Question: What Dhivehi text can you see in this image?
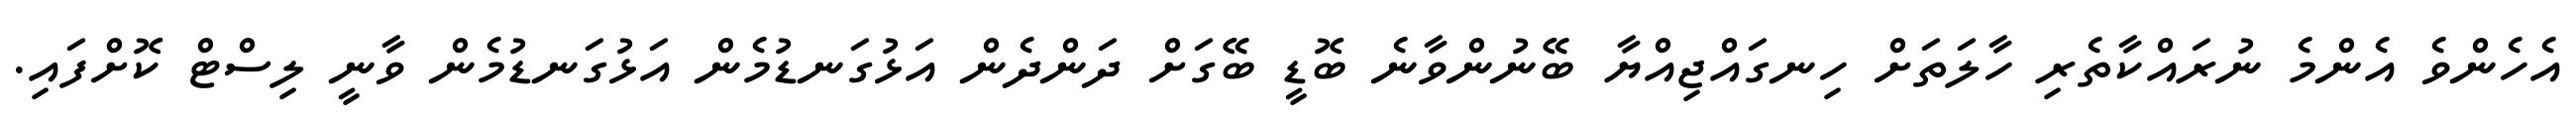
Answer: އެހެންވެ އެންމެ ނުރައްކާތެރި ހާލަތަށް ހިނގައްޖިއްޔާ ބޭނުންވާނެ ބޮޑީ ބޭގަށް ދަންދެން އަޅުގަނޑުމެން އަޅުގަނޑުމެން ވާނީ ލިސްޓް ކޮށްފައި.